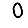
Digit: 0